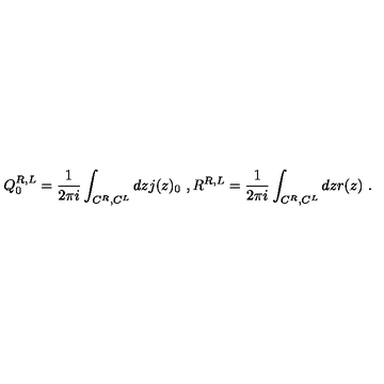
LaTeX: Q _ { 0 } ^ { R , L } = \frac { 1 } { 2 \pi i } \int _ { C ^ { R } , C ^ { L } } d z j ( z ) _ { 0 } \ , R ^ { R , L } = \frac { 1 } { 2 \pi i } \int _ { C ^ { R } , C ^ { L } } d z r ( z ) \ .